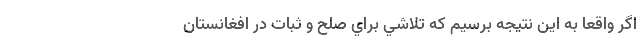
اگر واقعا به اين نتيجه برسيم كه تلاشي براي صلح و ثبات در افغانستان